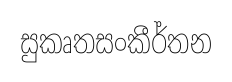
සුකෘතසංකීර්තන